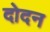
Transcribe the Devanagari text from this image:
दोदन